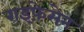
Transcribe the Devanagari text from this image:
राइफ़ेसेन